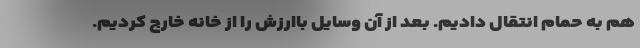
هم به حمام انتقال دادیم. بعد از آن وسایل باارزش را از خانه خارج کردیم.